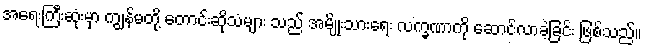
အရေးကြီးဆုံးမှာ ကျွန်မတို့ တောင်းဆိုသံများ သည် အမျိုးသားရေး လက္ခဏာကို ဆောင်လာခဲ့ခြင်း ဖြစ်သည်။